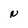
Character: N